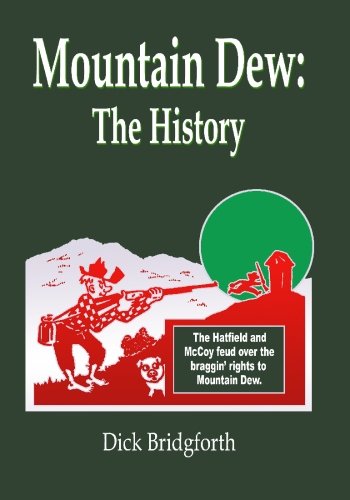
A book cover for Mountain Dew: The History; Dick Bridgforth; Crafts, Hobbies & Home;